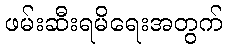
ဖမ်းဆီးရမိရေးအတွက်